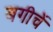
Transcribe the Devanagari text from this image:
बगीचें